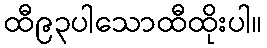
ထီ၉၃ပါသောထီထိုးပါ။